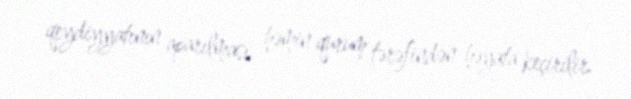
qeydiyyatının aparılması həmin qurum tərəfindən həyata keçirilir.